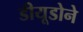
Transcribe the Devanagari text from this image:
डीयूडोने